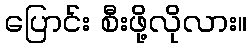
ပြောင်း စီးဖို့လိုလား။